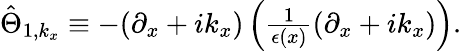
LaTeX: \begin{array}{r}{\hat{\Theta}_{1,k_{x}}\equiv-(\partial_{x}+ik_{x})\left(\frac{1}{\epsilon(x)}(\partial_{x}+ik_{x})\right).}\end{array}